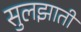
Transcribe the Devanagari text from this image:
सुलझाती